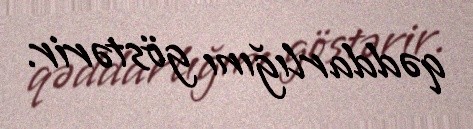
qəddarlığını göstərir.